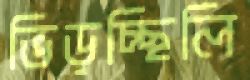
ভিড়চ্ছিলি